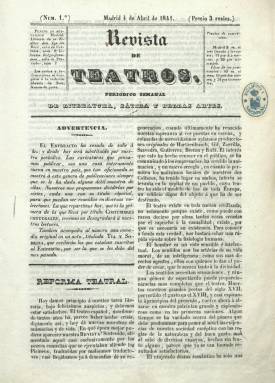
Título: Revista de teatros (Madrid)
Otros títulos: El Nuevo avisador, Revista de teatros
Colección: Teatro
Ámbito geográfico: Madrid
Lugar de publicación: Madrid
Fechas: 04/04/1841-06/10/1845